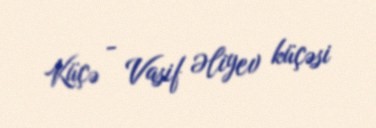
Küçə - Vasif Əliyev küçəsi